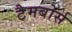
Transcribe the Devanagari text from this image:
टैमबोर्स